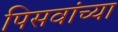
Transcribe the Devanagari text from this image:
पिसवांच्या